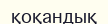
қоқандық